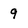
Character: 9